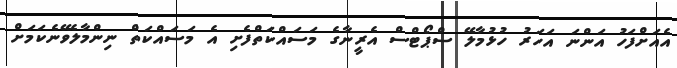
އެއަށްފަހު އަންނަ އަހަރު ހުޅުމާލޭ ސްޕޯޓްސް އެރީނާގެ މަސައްކަތްފެށި އެ މަސައްކަތް ނިންމާލެވޭނެކަމަށް